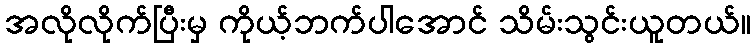
အလိုလိုက်ပြီးမှ ကိုယ့်ဘက်ပါအောင် သိမ်းသွင်းယူတယ်။